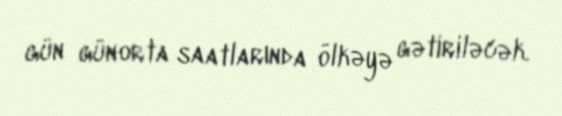
gün günorta saatlarında ölkəyə gətiriləcək.